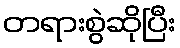
တရားစွဲဆိုပြီး